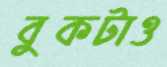
বুকটাও